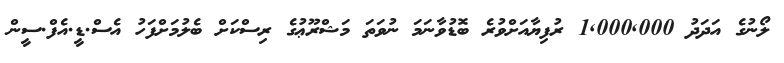
ލޯނުގެ އަދަދު 1